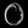
Digit: ၀